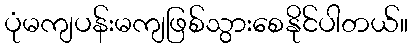
ပုံမကျပန်းမကျဖြစ်သွားစေနိုင်ပါတယ်။